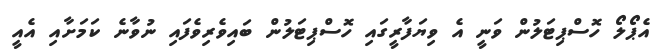
އެޕޯލޯ ހޮސްޕިޓަލުން ވަނީ އެ ވިޔަފާރީގައި ހޮސްޕިޓަލުން ބައިވެރިވެފައި ނުވާނެ ކަމަށާއި އެއީ